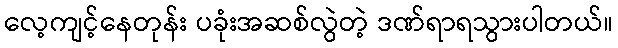
လေ့ကျင့်နေတုန်း ပခုံးအဆစ်လွဲတဲ့ ဒဏ်ရာရသွားပါတယ်။